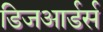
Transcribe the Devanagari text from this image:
डिजआर्डर्स